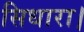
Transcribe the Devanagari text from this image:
सिधारा।